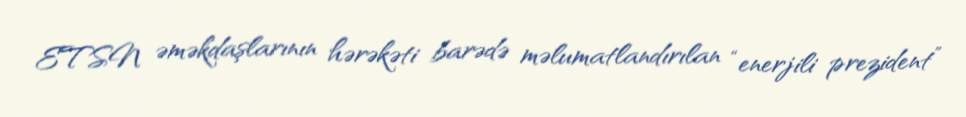
ETSN əməkdaşlarının hərəkəti barədə məlumatlandırılan “enerjili prezident”